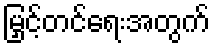
မြှင့်တင်ရေးအတွက်